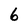
Character: 6